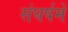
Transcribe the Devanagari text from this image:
संघर्षमें